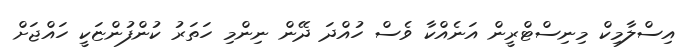
އިސްލާމިކް މިނިސްޓްރީން އަނެއްކާ ވެސް ހުއްދަ ދޭން ނިންމި ހަތަރު ކުންފުންޏަކީ ހައްޖަށް